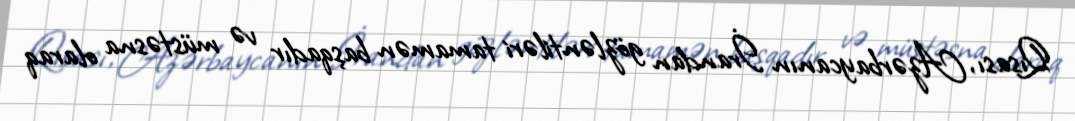
Qısası, Azərbaycanın İrandan gözləntiləri tamamən başqadır və müstəsna olaraq